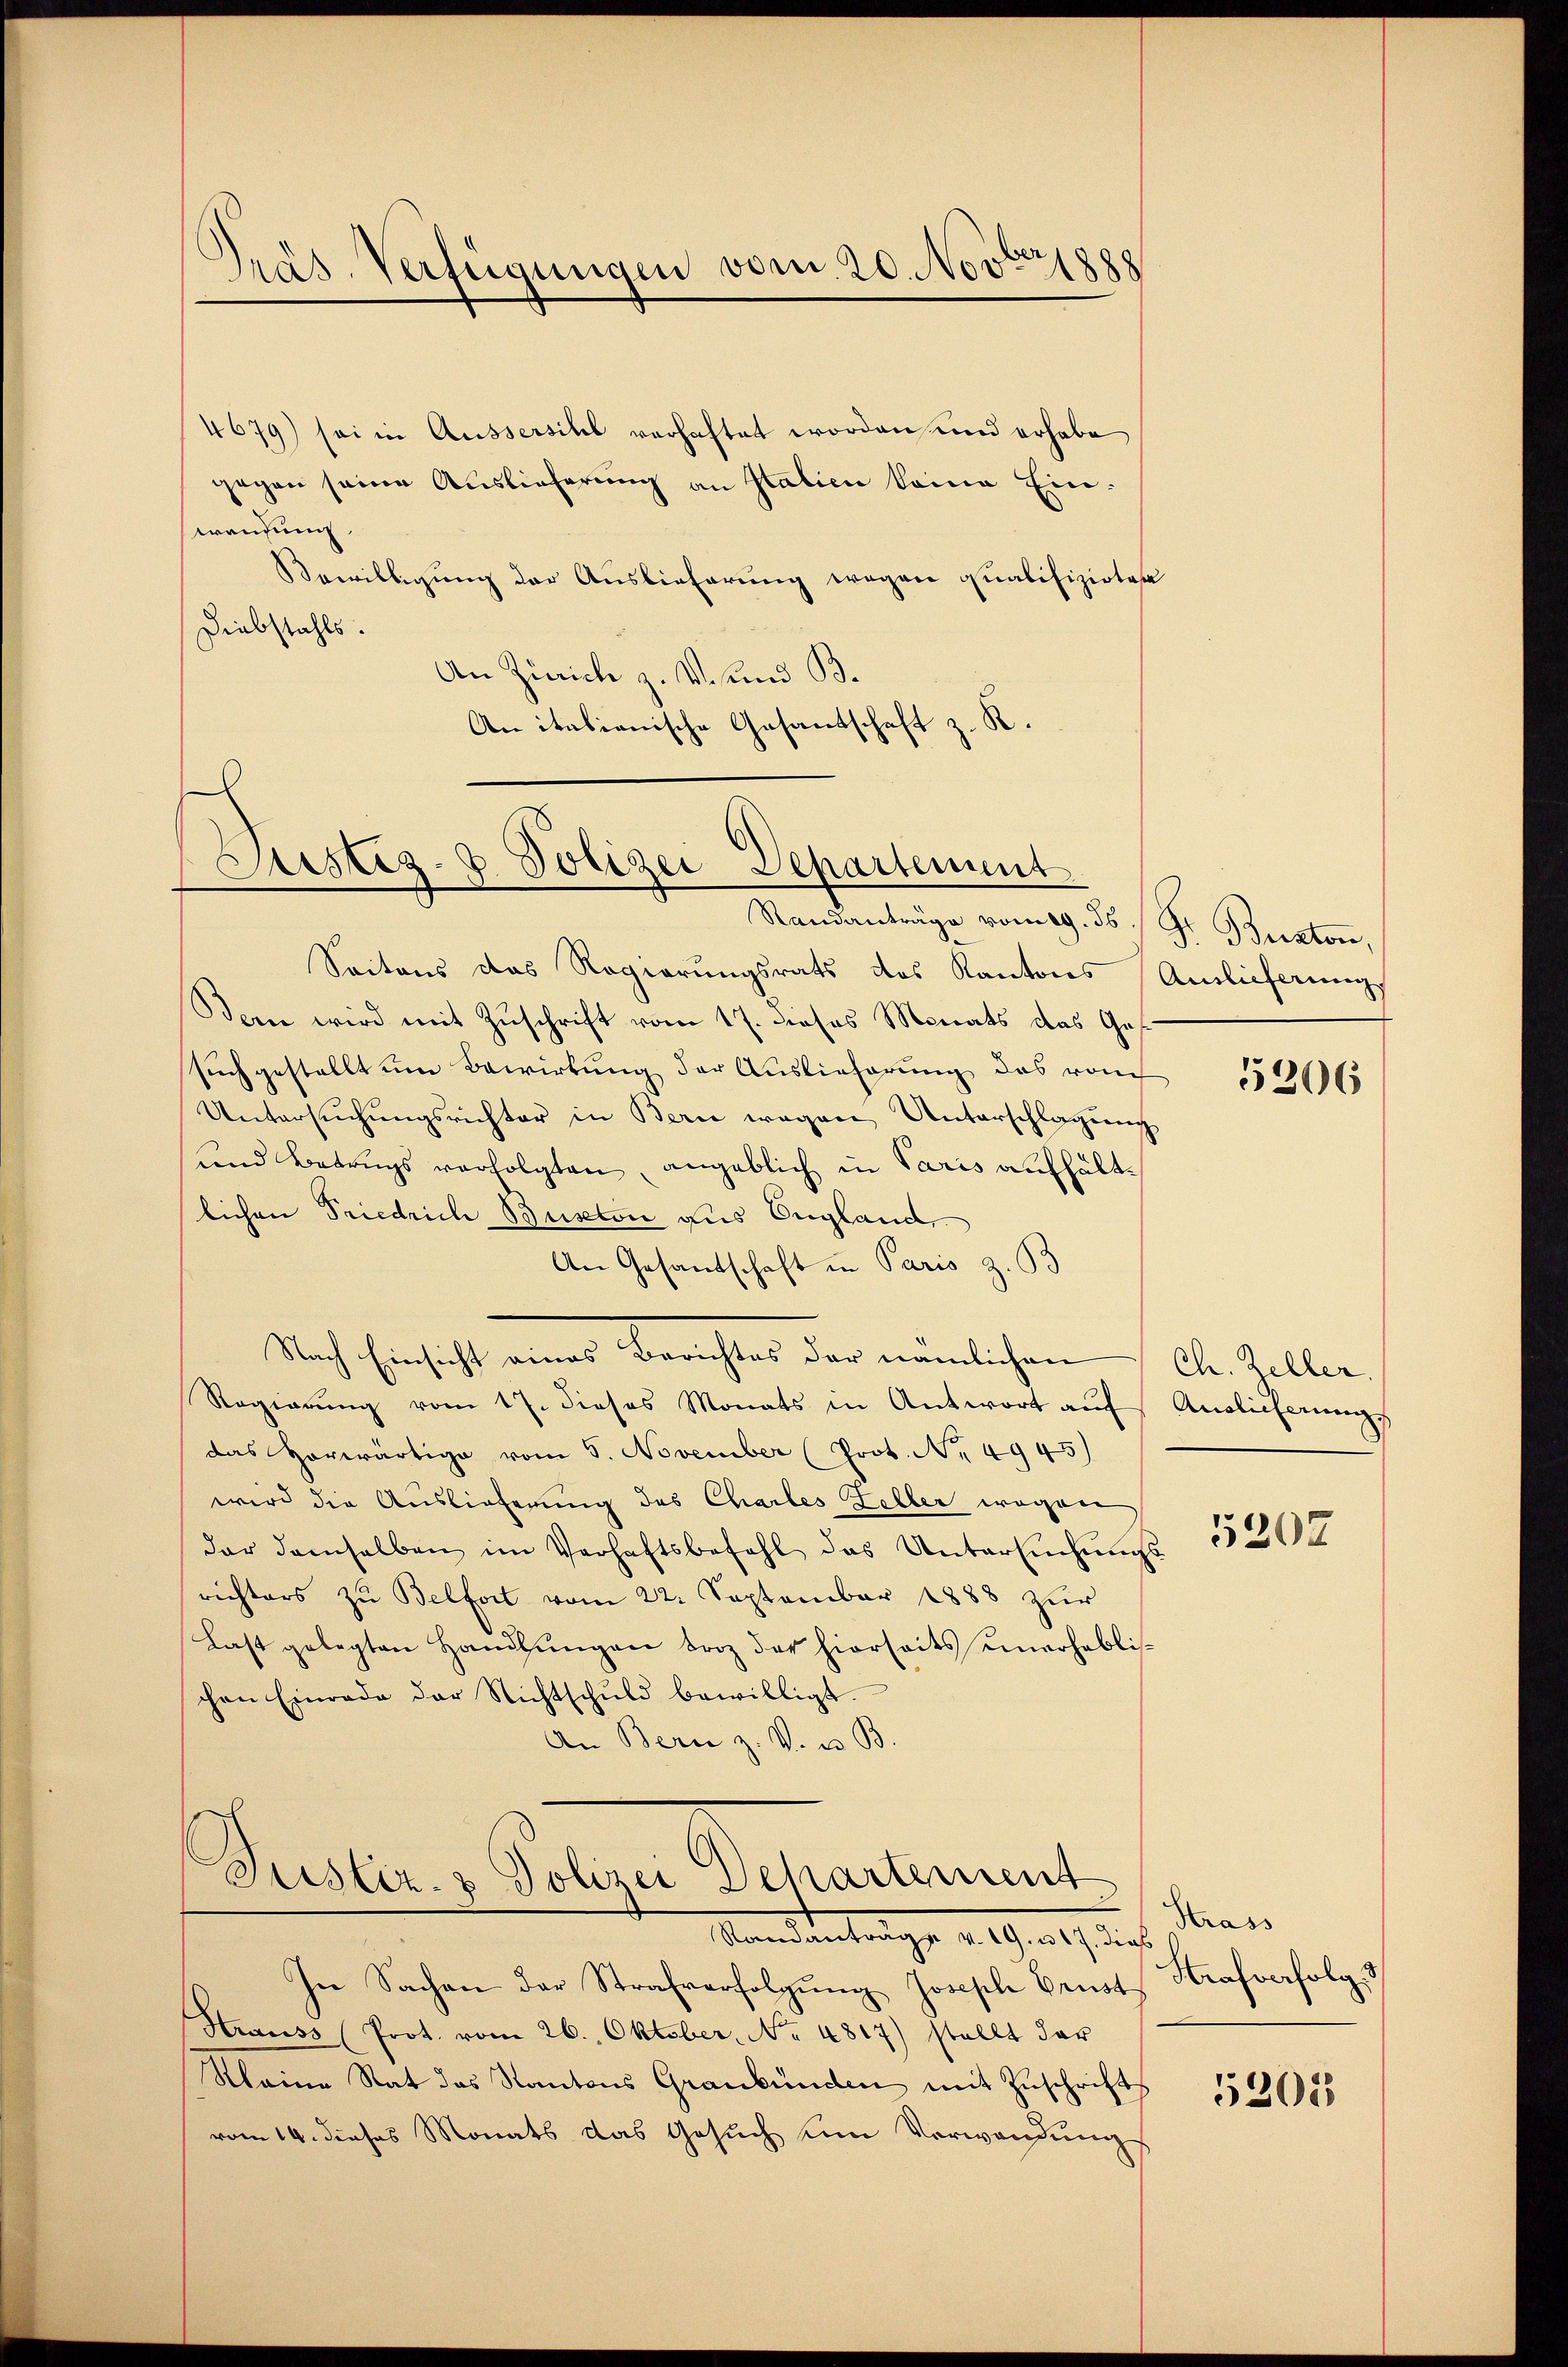
Präs. Verfügungen vom 20. Novbr 1888

4679) sei in Aussersihl verhaftet worden und erhabe
gegen seine Auslieferung an Italien keine Einwendung
Bewilligung der Auslieferung wegen qualifizirter
Diebstahls.
An Zürich z. V. und B.
An italianische Gasanschaft z. K.

E
Justiz- & Polizei Departement

Standanträge vom 29. ds. Fr. Buston,
Saitens das Regierungsrats des Kantons Auslicherungs
Den wird mit Zuschrift vom 17. dieses Monats das Ges
such gestellt um Bewirkung der Auslieferung des vom
Untersŭchŭngsrichter in Bern wegen Unterschlagung
und Betrugs verfolgten, angeblich in Paris aufhältlichen Friedrich Buston aus England,
An Gesandschaft in Paris z. B
Nach Einsicht eines Berichtes der nämlichen Ch. Zeller,
Regierŭng vom 17. dieses Monats in Antwort aŭf Anglicherŭng.
das Horwärtige vom 5. November (Prot. Nr. 4945)
wird die Auslieferung des Chartes Zeller wegen
dar demselben im Verhaftsbefehl das Untersŭchŭngs-
richters zu Belfort vom 22. September 1888 zur
Last gelegten Handlŭngen broz der hierseits einerheblischen Einrade der Nichtschŭld bewilligt.
An Bern z. V. u. B.

Justiz- & Polizei Dehartement
Randanträge v. 19. u 17. dies

In Sachen der Strafverfolgŭng Joseph Brust
Strauss (Prot. vom 26. Oktober, No. 4817) stellt dar
Kleine Rat das Kantons Graubünden mit Zuschrift
vom 14. dieses Monats das Gesuch um Verwandung

5206

5202

Strass
Strafverfolg. 3

5205